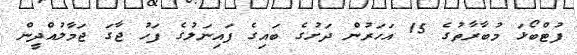
ފުޓްބޯޅަ މުބާރާތުގެ 15 އަހަރުން ދަށުގެ ބައިގެ ފައިނަލުގެ ފަހު ޖާގަ ޖަމާލުއްދީން